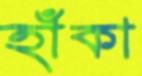
হাঁকা